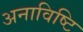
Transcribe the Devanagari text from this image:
अनाविष्टि